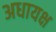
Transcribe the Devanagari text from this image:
अधायक्ष